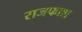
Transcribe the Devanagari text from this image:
राजफाश